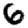
Digit: 6